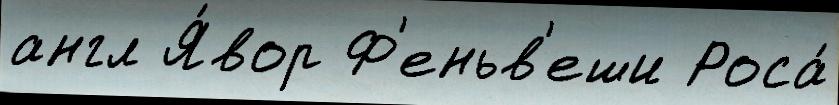
англ Я́вор Ф'еньв'еши Роса́